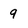
Character: 9